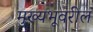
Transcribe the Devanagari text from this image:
मुख्यभूवरील